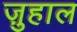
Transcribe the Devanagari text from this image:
ज़ुहाल